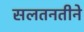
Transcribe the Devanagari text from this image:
सलतनतीने